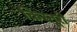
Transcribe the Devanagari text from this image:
किस्तूरी